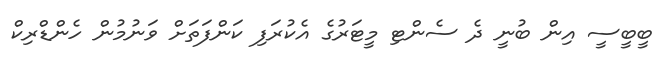
ބީބީސީ އިން ބުނީ ދެ ސެންޓި މީޓަރުގެ އެކުރަފި ކަންފަތަށް ވަނުމުން ހެންޑްރިކް